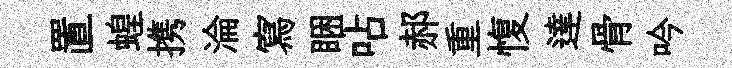
置蝗携淪寫睏呫郝重愎達骨吟